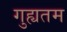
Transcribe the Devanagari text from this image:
गुह्यतम